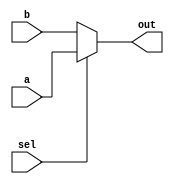
module mux_5(a,b,sel,out);

input [4:0]a,b;
input sel;

output [4:0]out;
wire [4:0]out;

assign out=sel?a:b;

endmodule